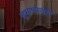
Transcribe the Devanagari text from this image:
सुभाषबाबूंशी